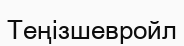
Теңізшевройл